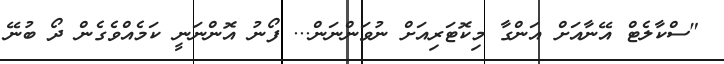
"ސްކާލެޓް އޭނާއަށް އަންގާ މިކޮޓަރިއަށް ނުވަންނަން... ފޯނު އޮންނަނީ ކަމެއްވެގެން ދޯ ބުނޭ